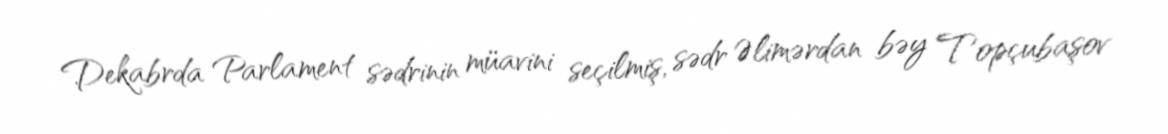
Dekabrda Parlament sədrinin müavini seçilmiş, sədr Əlimərdan bəy Topçubaşov